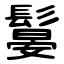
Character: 䰋